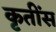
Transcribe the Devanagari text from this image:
कृतींस